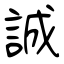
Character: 誠